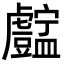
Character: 𧈚